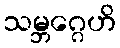
သမ္ဘဂ္ဂေဟိ